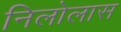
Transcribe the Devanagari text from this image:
निलोलास